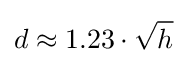
d\approx 1.23\cdot {\sqrt {h}}